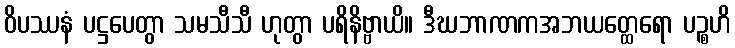
ဝိပဿနံ ပဋ္ဌပေတွာ သမသီသီ ဟုတွာ ပရိနိဗ္ဗာယိ။ ဒီဃဘာဏကအဘယတ္ထေရော ပဉ္စဟိ